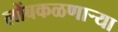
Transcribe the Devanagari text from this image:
लोंबकळणार्‍या